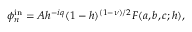
\phi _ { n } ^ { \mathrm { i n } } = A h ^ { - i q } ( 1 - h ) ^ { ( 1 - \nu ) / 2 } F ( a , b , c ; h ) ,